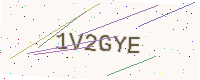
Text: 1V2GYE